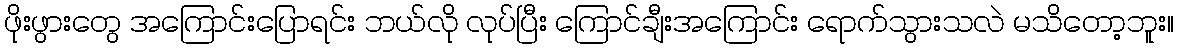
ဖိုးဖွားတွေ အကြောင်းပြောရင်း ဘယ်လို လုပ်ပြီး ကြောင်ချီးအကြောင်း ရောက်သွားသလဲ မသိတော့ဘူး။